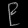
Digit: ၉